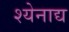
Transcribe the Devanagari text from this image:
श्येनाद्य